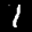
Digit: 7